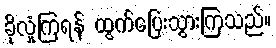
ခိုလှုံကြရန် ထွက်ပြေးသွားကြသည်။